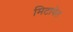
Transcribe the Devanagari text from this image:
मिटावेत